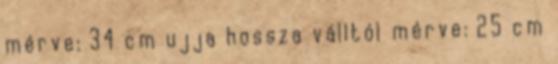
mérve: 34 cm ujja hossza válltól mérve: 25 cm